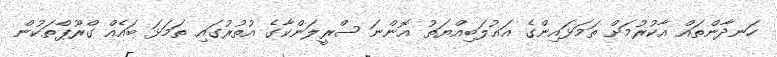
ހަނދާންތައް އާކުރުމަށް ތަމަޅައިންގެ އަޣުލަބިއްޔަތު އޮންނަ ސްރީލަންކާގެ އުތުރުގައި ތަމަޅަ ބައެއް ގްރޫޕްތަކުން